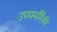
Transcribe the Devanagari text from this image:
उपधर्मांपैकी